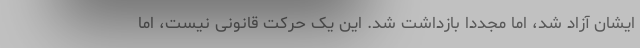
ایشان آزاد شد، اما مجدداً بازداشت شد. این یک حرکت قانونی نیست، اما